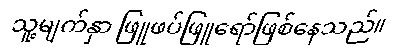
သူ့မျက်နှာ ဖြူဖပ်ဖြူရော်ဖြစ်နေသည်။